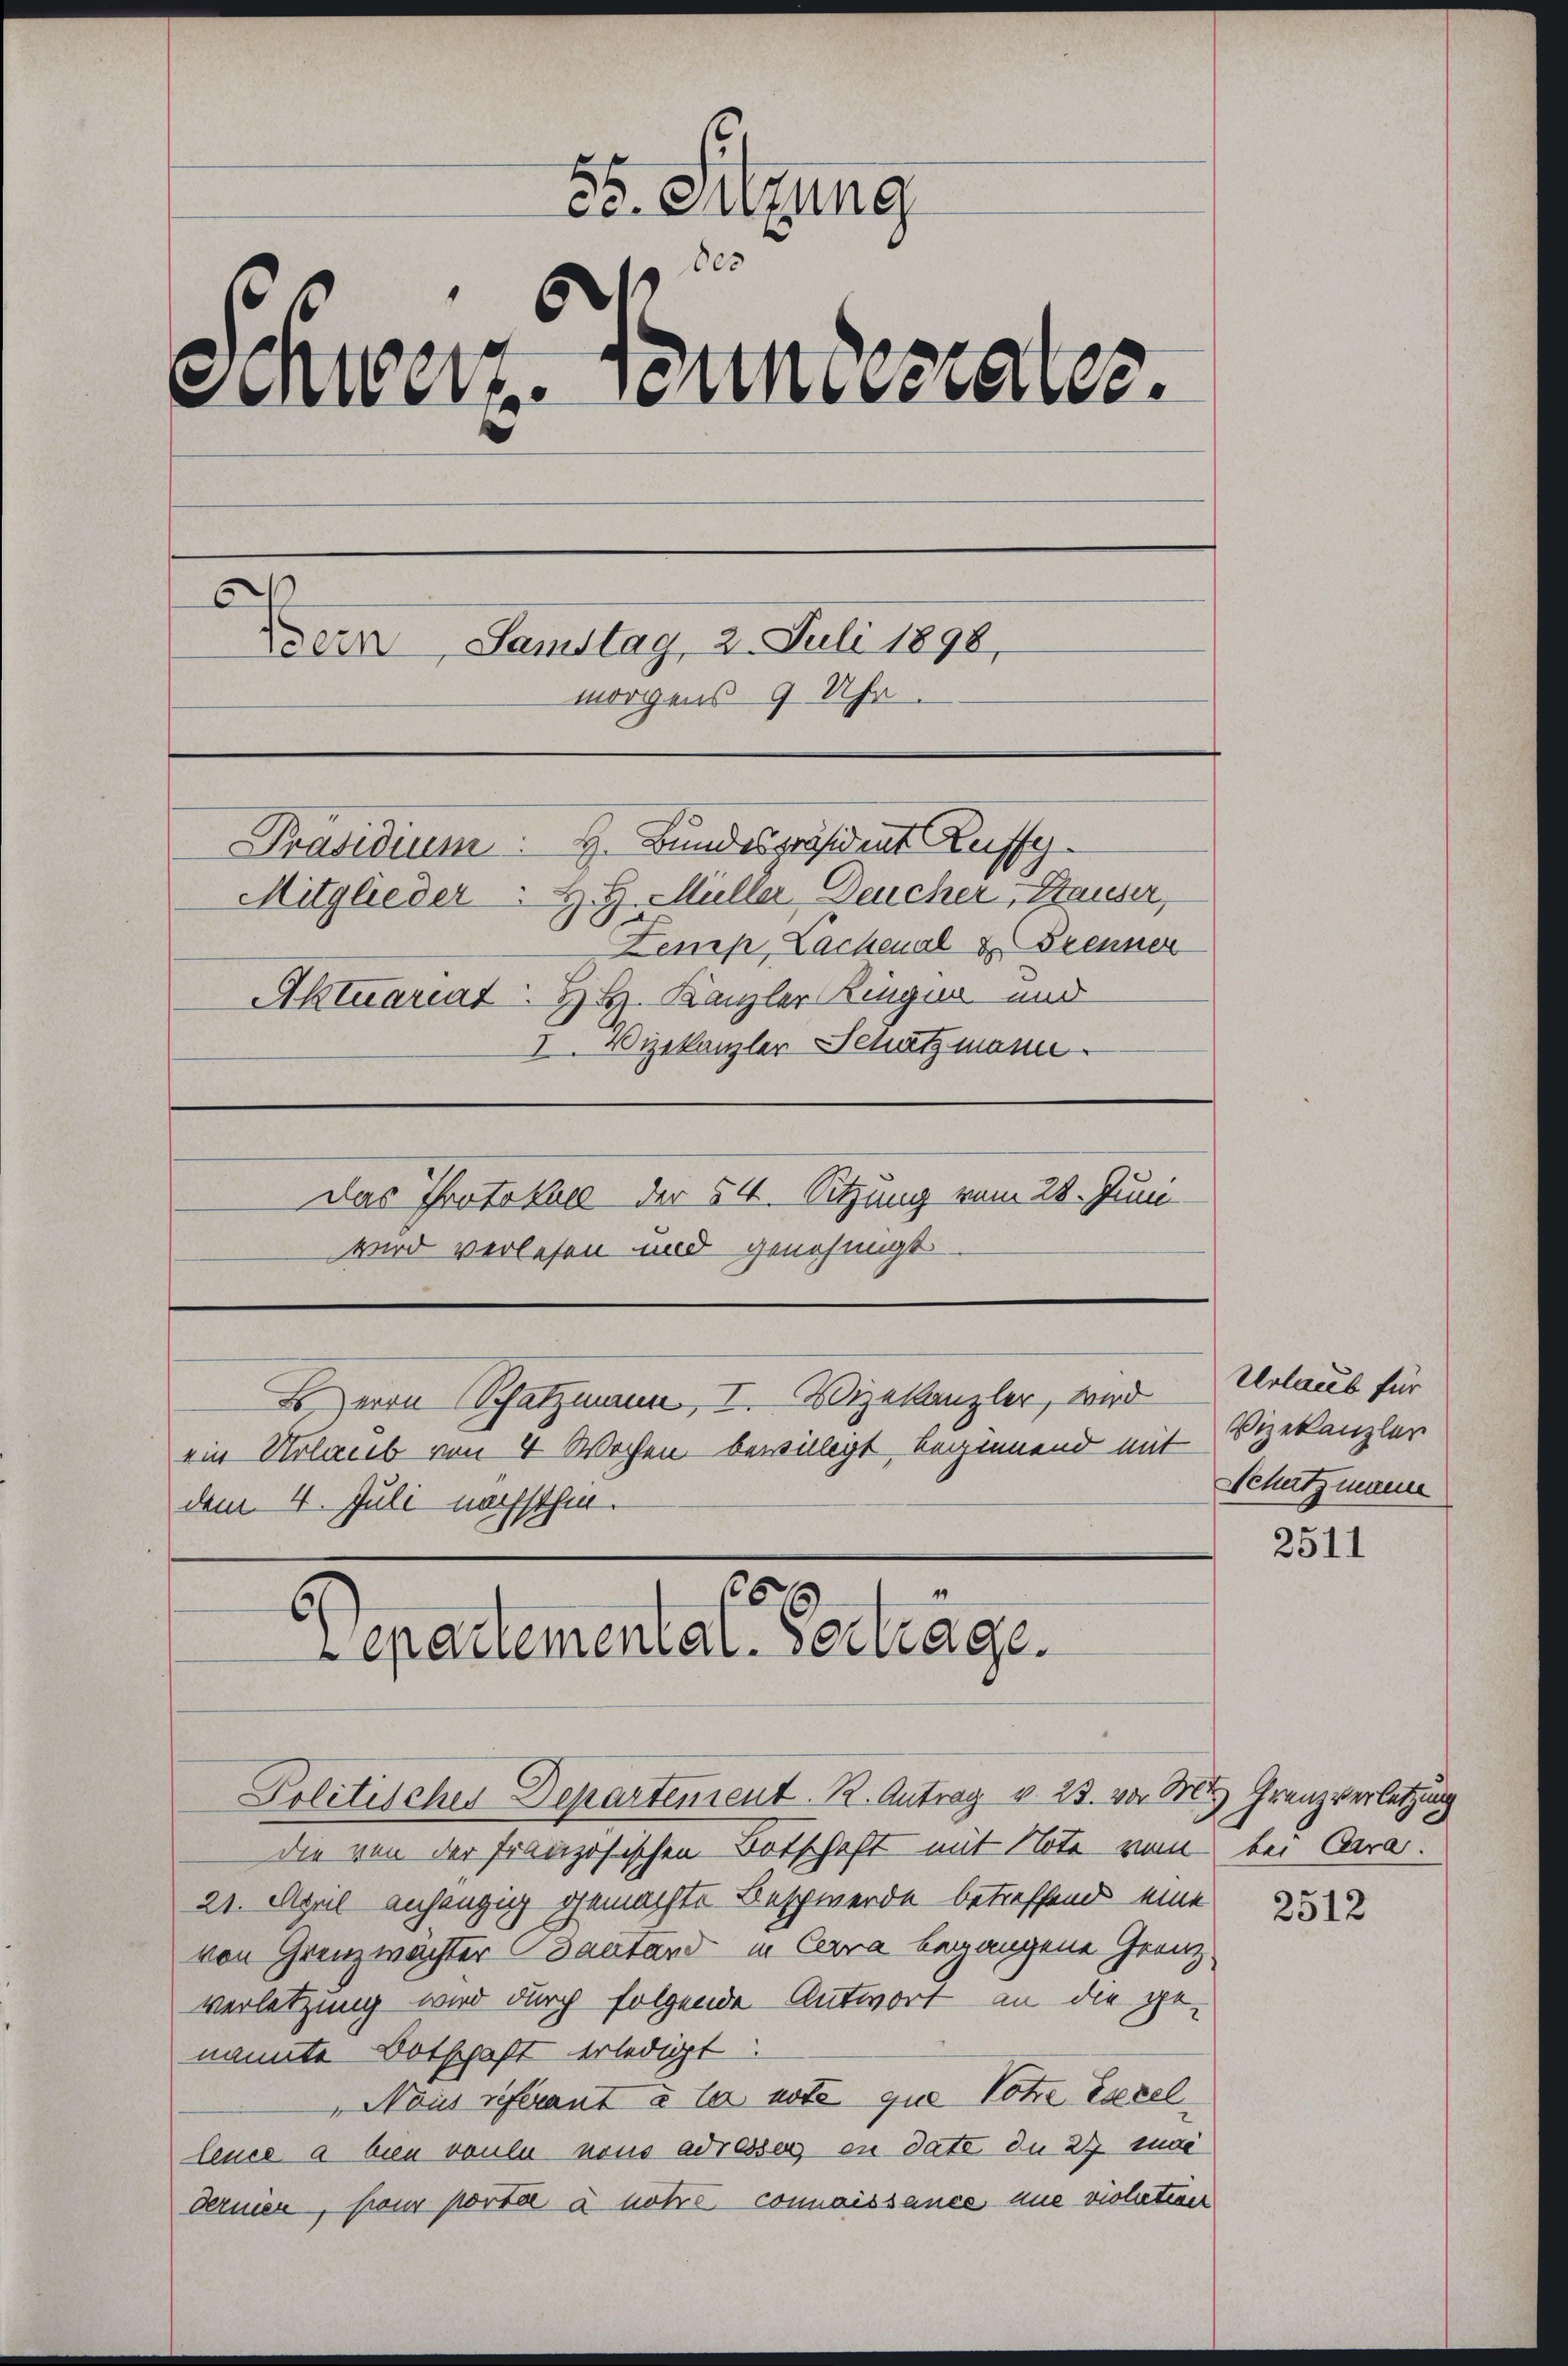
85. Sitzung
des
Schweiz. Bundesrates.
5
Bern, Samstag, 2. Juli 1898,
morgens 9 Uhr.
Präsidium H. Bundespräsident Kuffe
A. G. Müller Deucher Hauser,
Mitglieder
Zemp, Lachenal u. Trenner
Aktuariat H. H. Kanzler Ringer und
 Vizekanzler Schatzmann
Das Protokoll der 54. Sitzung vom 28. Juni
wird verlesen und genehmigt
B. Herrn Schatzmann, I. Vizekanzler, wird
ein Urlaub von 4 Wochen bewilligt, beginnend mit
dem 4. Juli nächsthin.

epartemental. Vortrage.

Politisches Departement. R. Antrag v. 23. vor. Mts. Grenz verletzung
die von der französischen Botschaft mit Note vom
21. April anhängig gemachte Beschwerde betreffend eine
von Grenzwachter Bautand in Cara begangene Grenz
verletzung wird durch folgende Antwort an die ge-
nannte Botschaft erledigt
Naus referant à la note que Totre essellence a bien voulu nous adressen in date du 27 mai
dernien, sieur porta à notre connaissance nie violetine

Urlaub für
Vizekanzler
Schutzmann

2511

bei Aara

2512